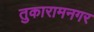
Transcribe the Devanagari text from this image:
तुकारामनगर